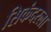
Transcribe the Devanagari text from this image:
सिकंदरला